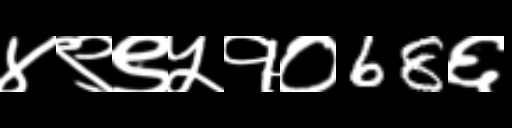
Text: ४९९५१०68६